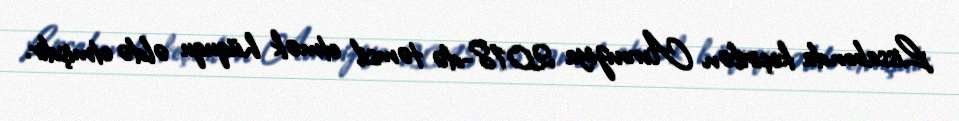
Lissabonda keçirilən Avroviziya 2018-də təmsil etmək hüququ əldə etmişdir.